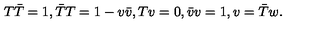
T \bar { T } = 1 , \bar { T } T = 1 - v \bar { v } , T v = 0 , \bar { v } v = 1 , v = \bar { T } w .